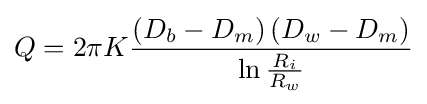
Q=2\pi K{\frac {\left(D_{b}-D_{m}\right)\left(D_{w}-D_{m}\right)}{\ln {\frac {R_{i}}{R_{w}}}}}